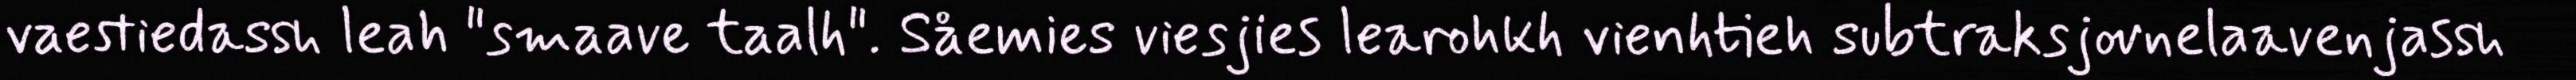
vaestiedassh leah "smaave taalh". Såemies viesjies learohkh vienhtieh subtraksjovnelaavenjassh